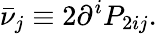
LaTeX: \bar{\nu}_{j}\equiv 2\partial^{i}P_{2ij}.